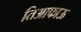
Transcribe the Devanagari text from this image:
तिआफाऊ